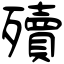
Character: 殰